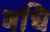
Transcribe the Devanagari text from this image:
बधि